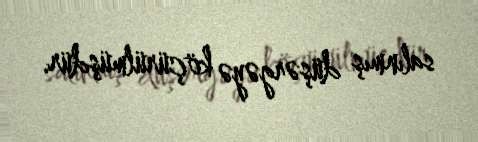
salınmış düşərgəyə köçürülmüşdür.